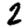
Digit: 2